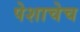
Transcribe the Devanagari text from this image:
पेशाचेच